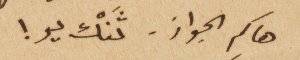
هاكم الجواز – ثَنْك يو!